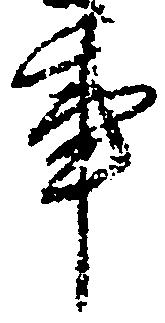
事